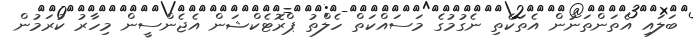
ބަލައި އެތަންތަނުން އެތަކެތި ނެގުމުގެ މަސައްކަތް ހެލްތު ޕްރޮޓެކްޝަން އެޖެންސީން މިހާރު ކުރަމުން